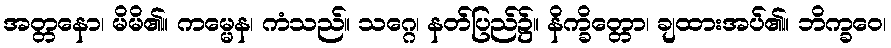
အတ္တနော၊ မိမိ၏။ ကမ္မေန၊ ကံသည်။ သဂ္ဂေ၊ နတ်ပြည်၌။ နိက္ခိတ္တော၊ ချထားအပ်၏။ ဘိက္ခဝေ၊